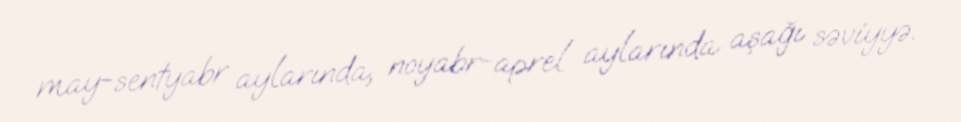
may-sentyabr aylarında, noyabr-aprel aylarında aşağı səviyyə.